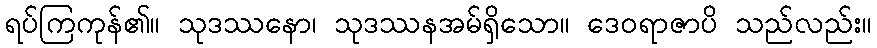
ရပ်ကြကုန်၏။ သုဒဿနော၊ သုဒဿနအမ်ရှိသော။ ဒေဝရာဇာပိ သည်လည်း။